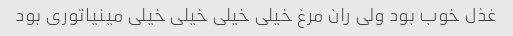
غذل خوب بود ولی ران مرغ خیلی خیلی خیلی خیلی مینیاتوری بود